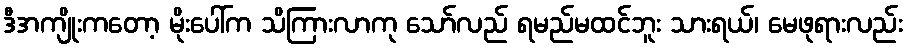
ဒီအကျိုးကတော့ မိုးပေါ်က သိကြားလာကု သော်လည် ရမည်မထင်ဘူး သားရယ်၊ မေဖုရားလည်း